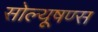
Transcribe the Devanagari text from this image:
सोल्यूषण्स